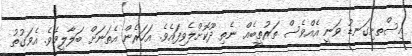
އިސްތށިގަނޑު ވަނީ އެއްވެސް ތަރުތީބެއް ނެތި ދޫކޮށްލެވިފައެވެ. އަހަރެން އެތަނަށް ބަލާލީމެވެ. އެވަގުތު